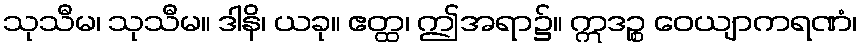
သုသီမ၊ သုသီမ။ ဒါနိ၊ ယခု။ ဧတ္ထ၊ ဤအရာ၌။ ဣဒဉ္စ ဝေယျာကရဏံ၊